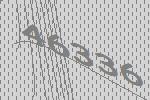
46336